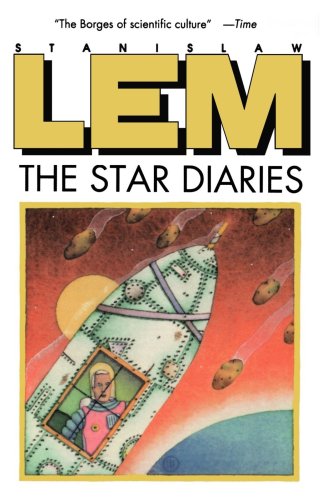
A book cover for The Star Diaries; Stanislaw Lem; Science Fiction & Fantasy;